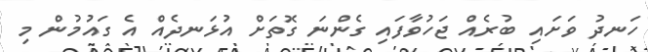
ހަނދު ވަށައި ބުރެއް ޖަހުވާފައި ގެންނަ ގޮތަށް އުޅަނދެއް އެ ގައުމުން މި